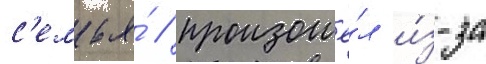
с'емья́ / произошё́л и́з-за